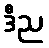
ဒီည